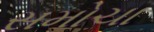
સમોચા